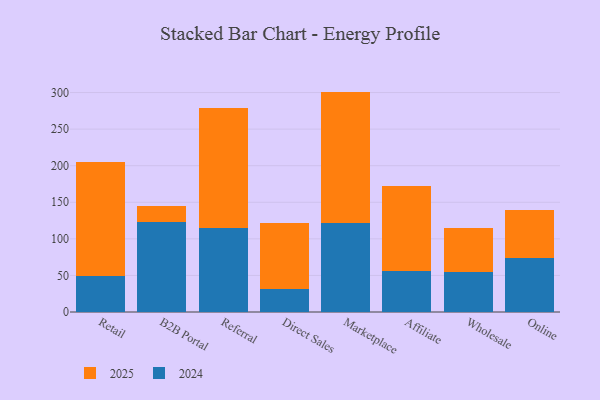
{"axis": {"x": "Channel", "y": "Revenue (USD Million)"}, "legend": ["2024", "2025"], "data": [{"x": "Retail", "y": 49.1, "type": "2024"}, {"x": "Retail", "y": 156.1, "type": "2025"}, {"x": "B2B Portal", "y": 122.6, "type": "2024"}, {"x": "B2B Portal", "y": 21.7, "type": "2025"}, {"x": "Referral", "y": 115.0, "type": "2024"}, {"x": "Referral", "y": 164.0, "type": "2025"}, {"x": "Direct Sales", "y": 31.9, "type": "2024"}, {"x": "Direct Sales", "y": 89.5, "type": "2025"}, {"x": "Marketplace", "y": 121.9, "type": "2024"}, {"x": "Marketplace", "y": 179.4, "type": "2025"}, {"x": "Affiliate", "y": 55.8, "type": "2024"}, {"x": "Affiliate", "y": 116.3, "type": "2025"}, {"x": "Wholesale", "y": 54.1, "type": "2024"}, {"x": "Wholesale", "y": 61.2, "type": "2025"}, {"x": "Online", "y": 73.4, "type": "2024"}, {"x": "Online", "y": 66.2, "type": "2025"}]}